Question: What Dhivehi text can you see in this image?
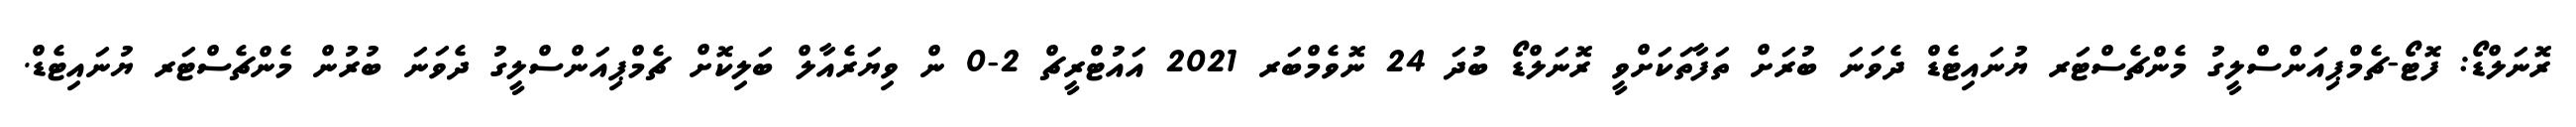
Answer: ރޮނަލްޑޯ: ފޮޓޯ-ޗެމްޕިއަންސްލީގު މެންޗެސްޓަރ ޔުނައިޓެޑް ދެވަނަ ބުރަށް ތަފާތަކަށްވީ ރޮނަލްޑޯ ބުދަ 24 ނޮވެމްބަރ 2021 އައުޓްރީޗް 2-0 ން ވިޔަރެއާލް ބަލިކޮށް ޗެމްޕިއަންސްލީގު ދެވަނަ ބުރުން މެންޗެސްޓަރ ޔުނައިޓެޑް.